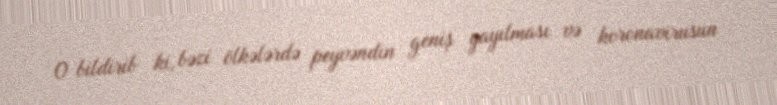
O bildirib ki, bəzi ölkələrdə peyvəndin geniş yayılması və koronavirusun